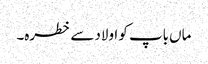
ماں باپ کو اولاد سے خطرہ۔